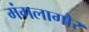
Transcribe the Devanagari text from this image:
मंगलागौर